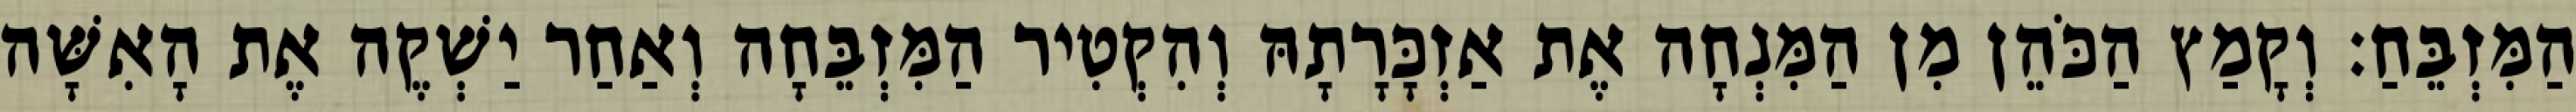
הַמִּזְבֵּחַ׃ וְקָמַץ הַכֹּהֵן מִן הַמִּנְחָה אֶת אַזְכָּרָתָהּ וְהִקְטִיר הַמִּזְבֵּחָה וְאַחַר יַשְׁקֶה אֶת הָאִשָּׁה